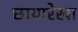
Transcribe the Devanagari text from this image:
छायारेखा